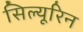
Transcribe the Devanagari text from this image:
सिल्यूरिन